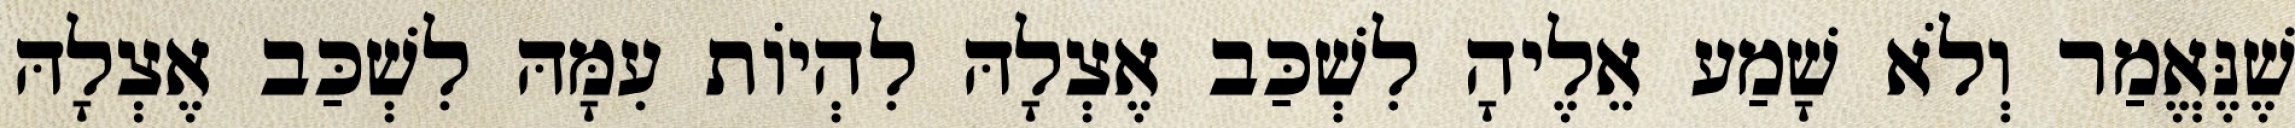
שֶׁנֶּאֱמַר וְלֹא שָׁמַע אֵלֶיהָ לִשְׁכַּב אֶצְלָהּ לִהְיוֹת עִמָּהּ לִשְׁכַּב אֶצְלָהּ